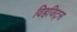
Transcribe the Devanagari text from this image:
विहजिट्स